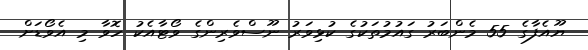
ޔޫއެފާގެ 55 މެންބަރު ގައުމުތަކުގެ ކުޅިވަރު ނޫސްވެރިންގެ ވޯޓާއެކު ހޮވާ މި އެވޯޑަށް